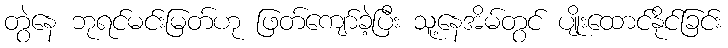
တွဲနေ ဘုရင်မင်းမြတ်ဟု ဖြတ်ကျော်ခဲ့ပြီး သူ့နေအိမ်တွင် ပျိုးထောင်နိုင်ခြင်း